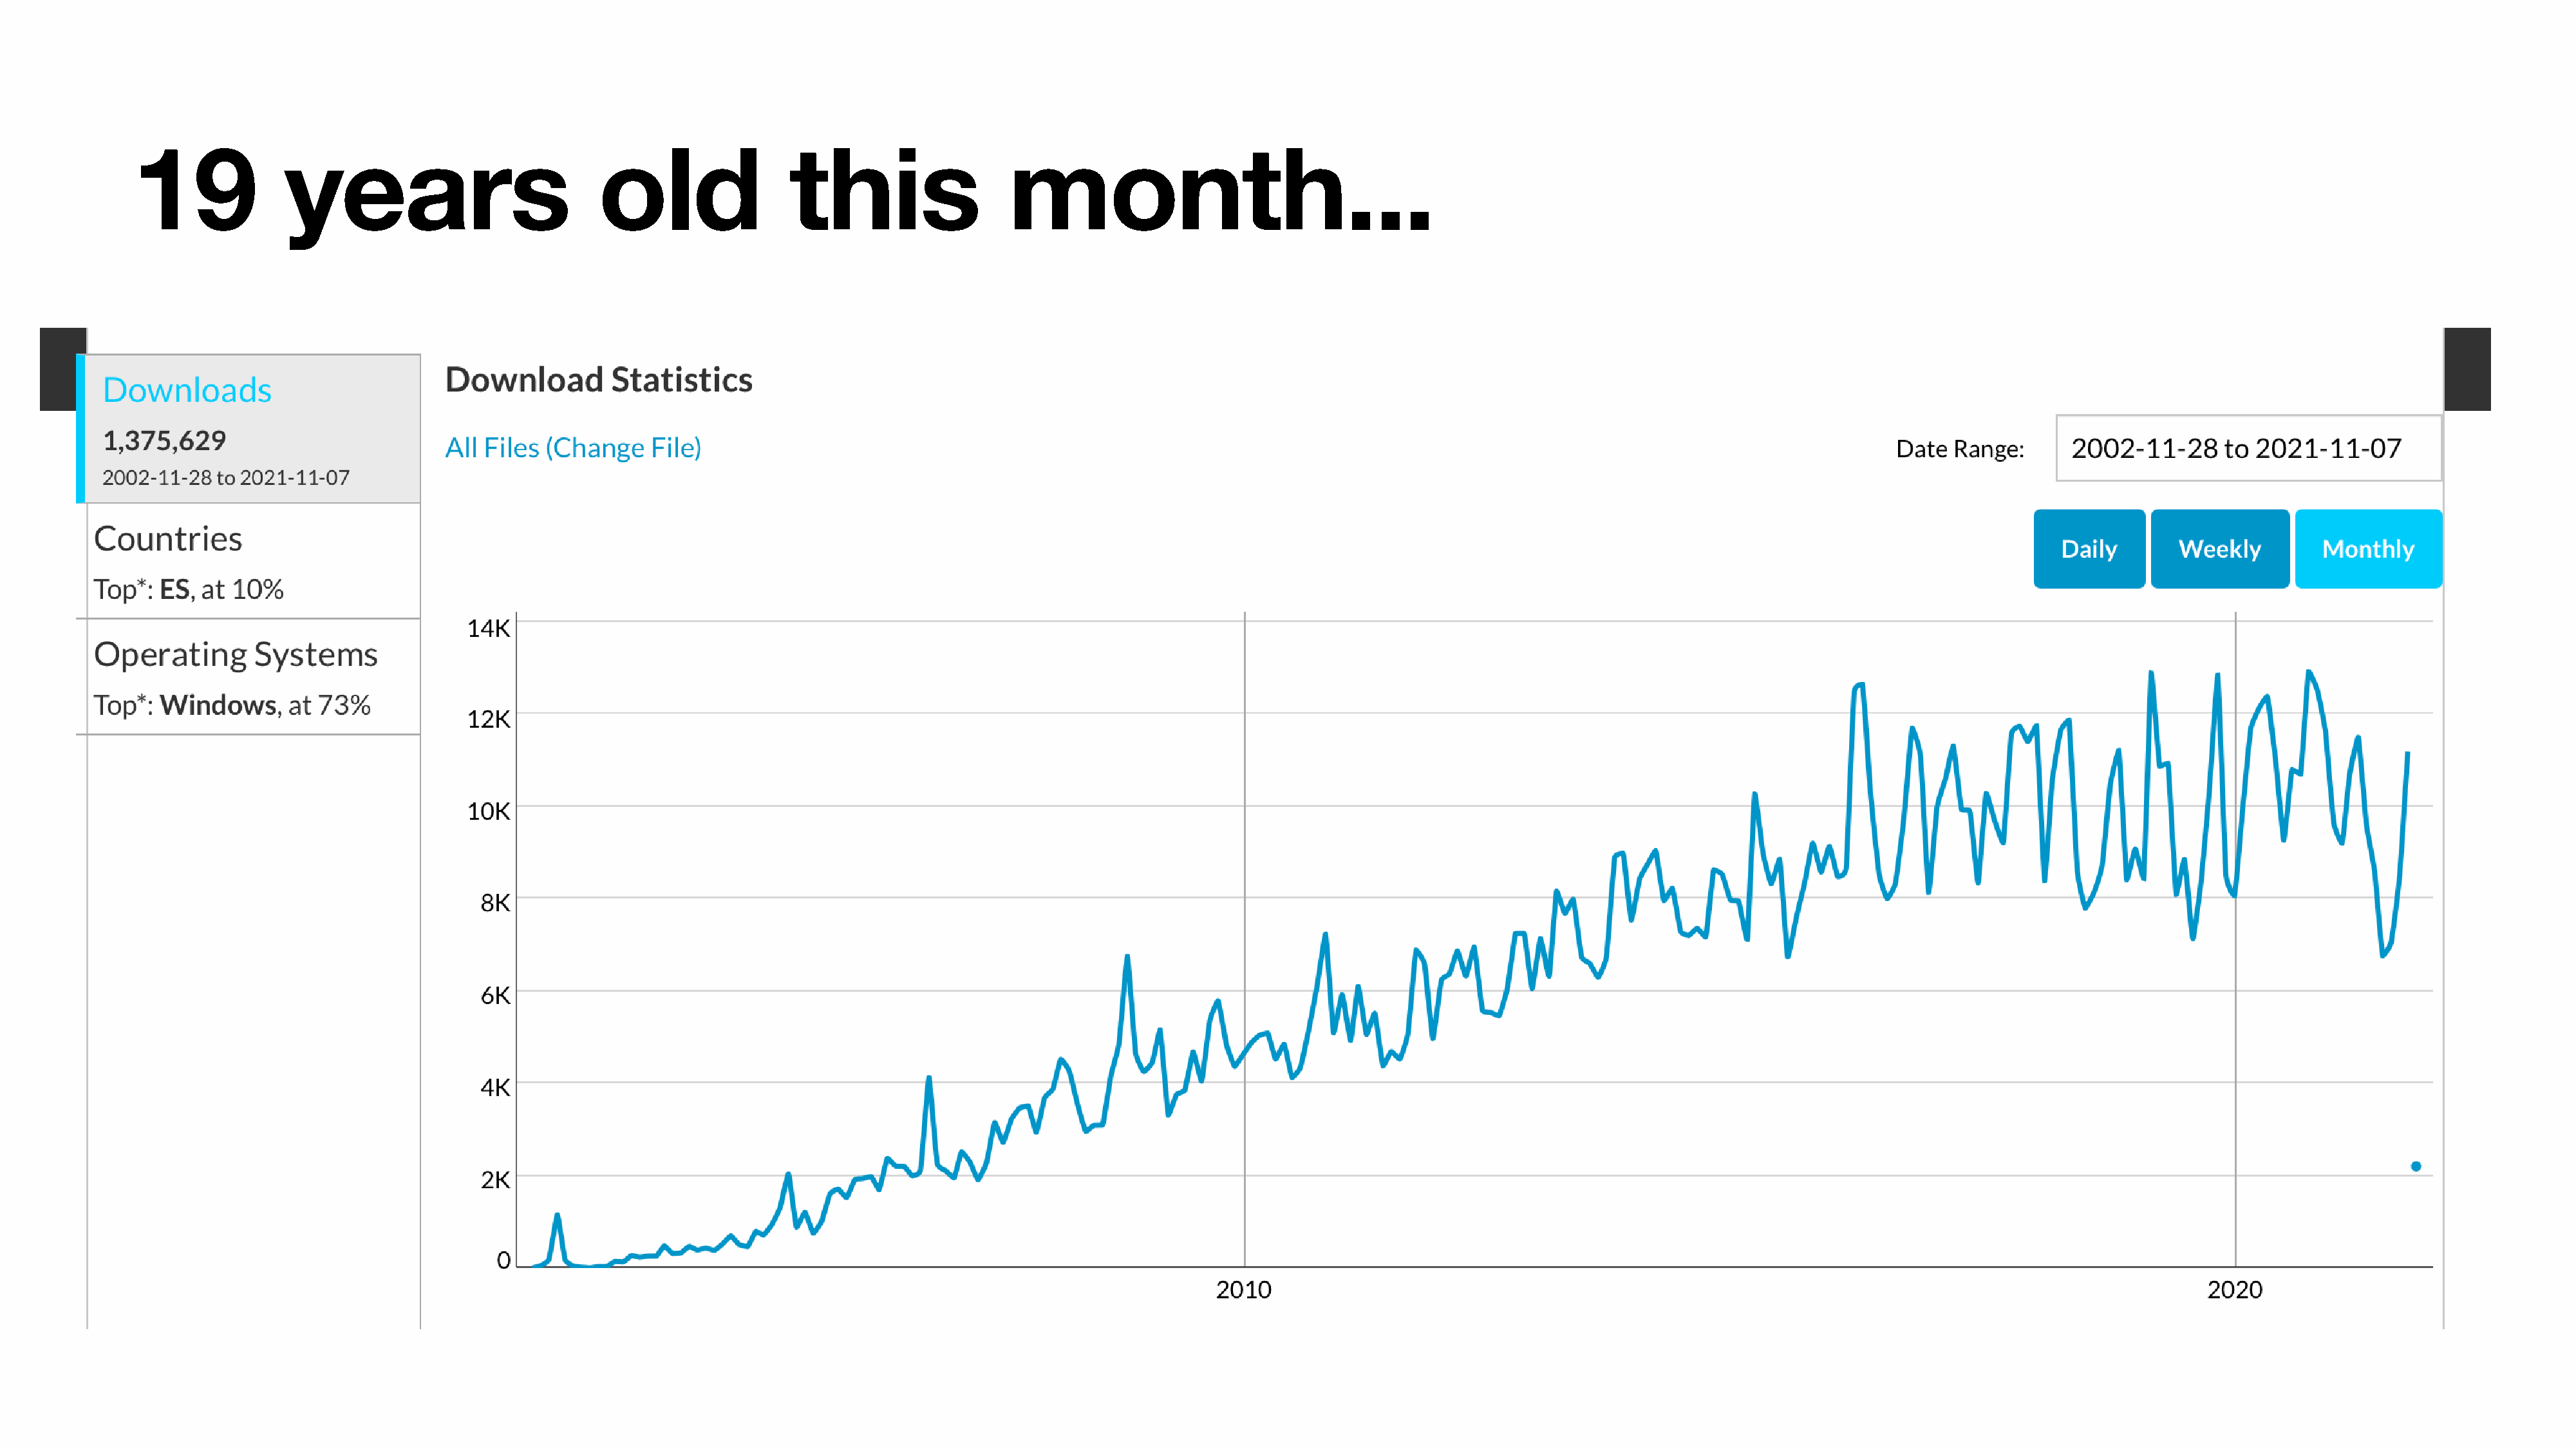
19             years                            old                this                   month...